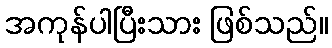
အကုန်ပါပြီးသား ဖြစ်သည်။